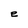
Character: e